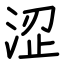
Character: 涩